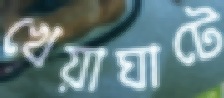
খেয়াঘাটে